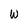
Character: W